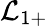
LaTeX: \mathcal{L}_{1+}